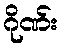
ဂိုဏ်း